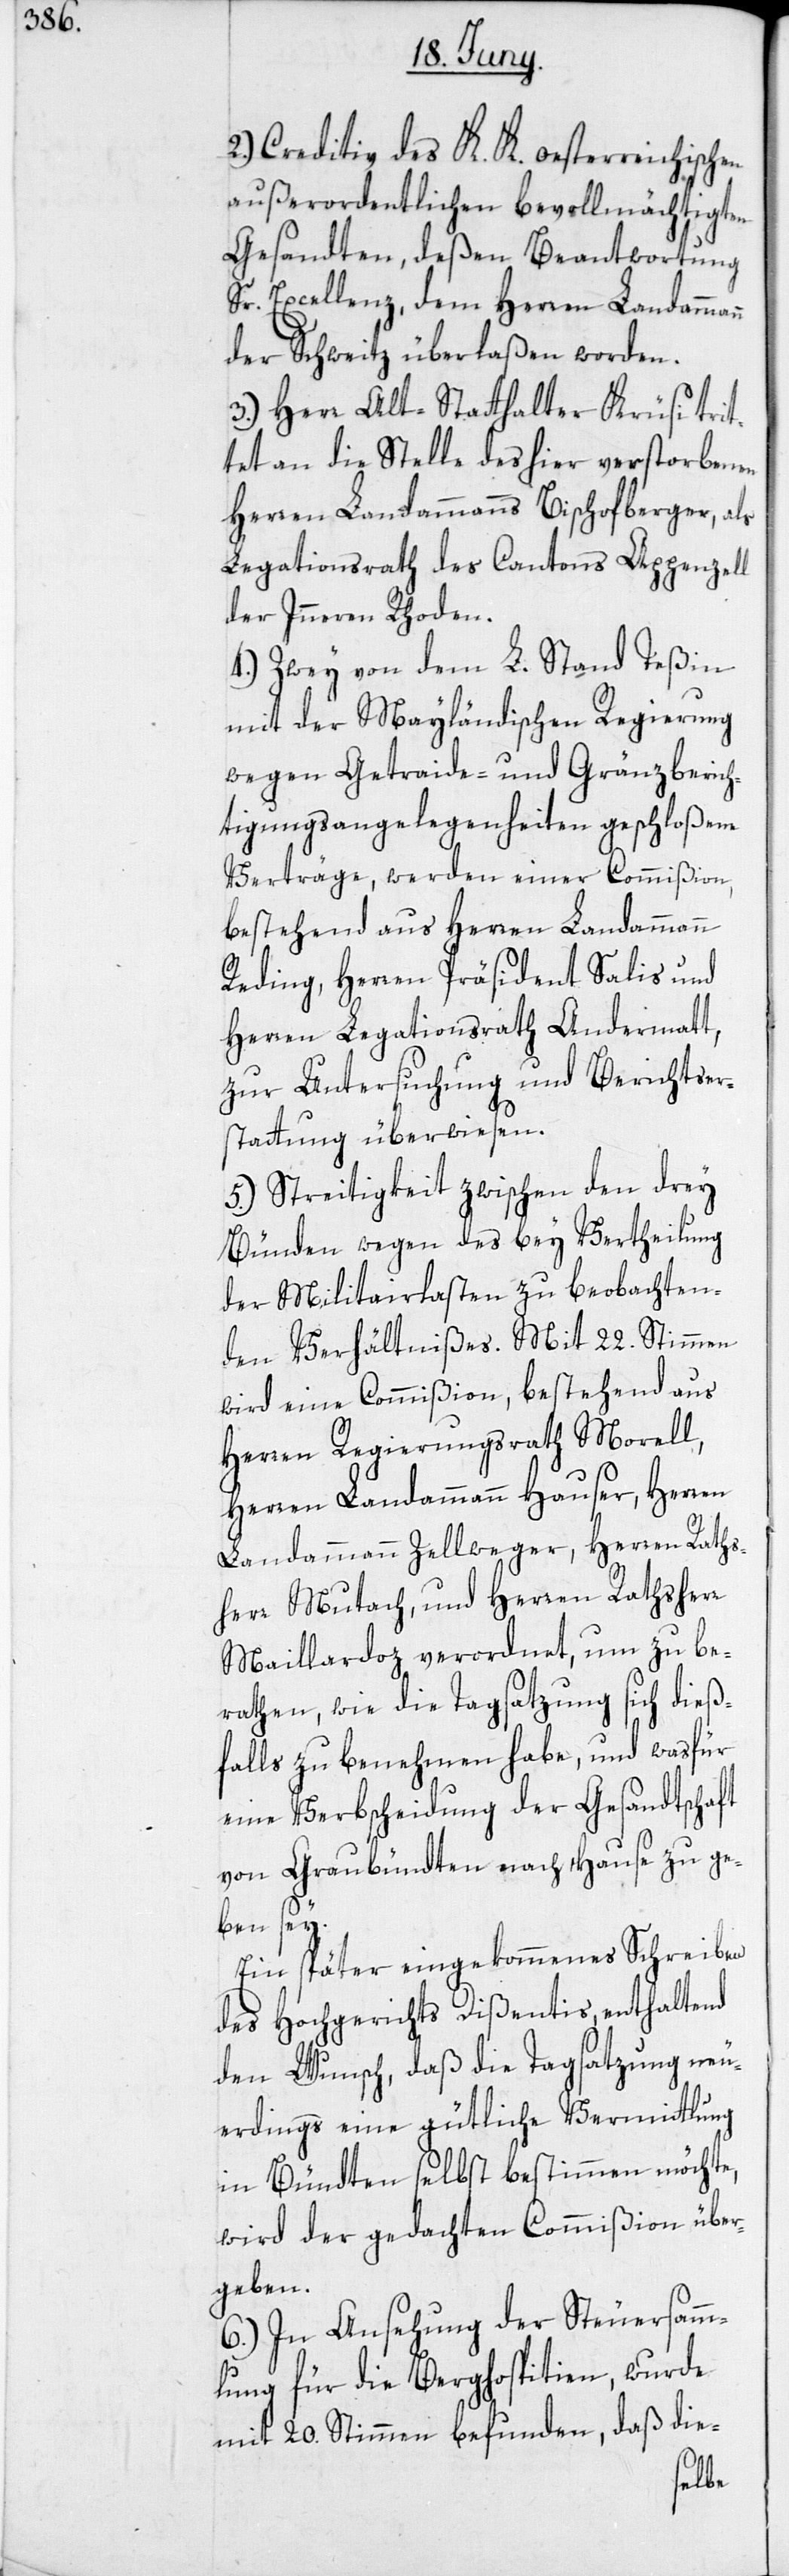
2.) Creditiv des K. K. oesterreichischen
außerordentlichen bevollmächtigten
Gesandten, deßen Beantwortung
Sr. Excellenz, dem Herren Landammann
der Schweitz überlaßen worden.
3.) Herr Alt-Statthalter Krüsi trit¬
tet an die Stelle des hier verstorbenen
Herren Landammanns Bischofberger, als
Legationsrath des Cantons Appenzell
der Inneren Rhoden.
4.) Zwey von dem L. Stand Teßin
mit der Mayländischen Regierung
wegen Getraide- und Gränzberich¬
tigungsangelegenheiten geschloßene
Verträge, werden einer Commißion,
bestehend aus Herren Landammann
Reding, Herren Präsident Salis und
Herren Legationsrath Andermatt,
zur Untersuchung und Berichtser¬
stattung überwiesen.
5.) Streitigkeiten zwischen den drey
Bünden wegen des bey Vertheilung
der Militairlasten zu beobachten¬
den Verhältnißes. Mit 22. Stimmen
wird eine Commißion, bestehend aus
Herren Regierungsrath Morell,
Herren Landammann Hauser, Herren
Landammann Zellweger, Herren Raths¬
herr Mutach und Herren Rathsherr
Maillardoz verordnet, um zu be¬
rathen, wie die Tagsatzung sich dieß¬
falls zu benehmen habe, und was für
eine Verbscheidung der Gesandtschaft
von Graubündten nach Hause zu ge¬
ben sey.
Ein später eingekommenes Schreiben
des Hochgerichts Dißentis, enthaltend
den Wunsch, daß die Tagsatzung neu¬
erdings eine gütliche Vermittlung
in Bündten selbst bestimmen möchte,
wird der gedachten Commißion über¬
geben.
6.) In Ansehung der Steuersamm¬
lung für die Berghospitien, wurde
mit 20. Stimmen befunden, daß die-